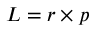
L = r \times p \,